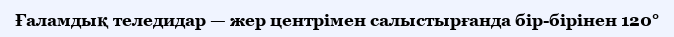
Ғаламдық теледидар — жер центрімен салыстырғанда бір-бірінен 120°